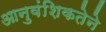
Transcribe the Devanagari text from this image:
आनुवंशिकतेने